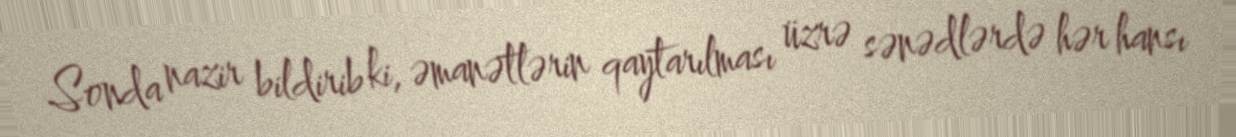
Sonda nazir bildirib ki, əmanətlərin qaytarılması üzrə sənədlərdə hər hansı